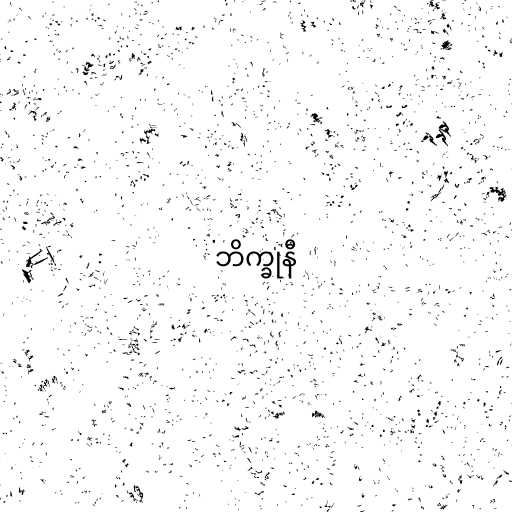
ဘိက္ခုနီ